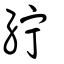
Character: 紵